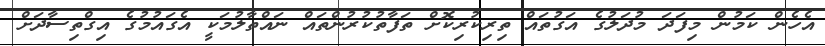
އެހެން ކަމުން މިފަދަ މުދަލުގެ އަގުތައް ތިރިކުރިކޮށް ތަފާތުކުރުންތައް ނައްތާލުމަކީ އެގައުމުގެ އިގްތިސާދަށް